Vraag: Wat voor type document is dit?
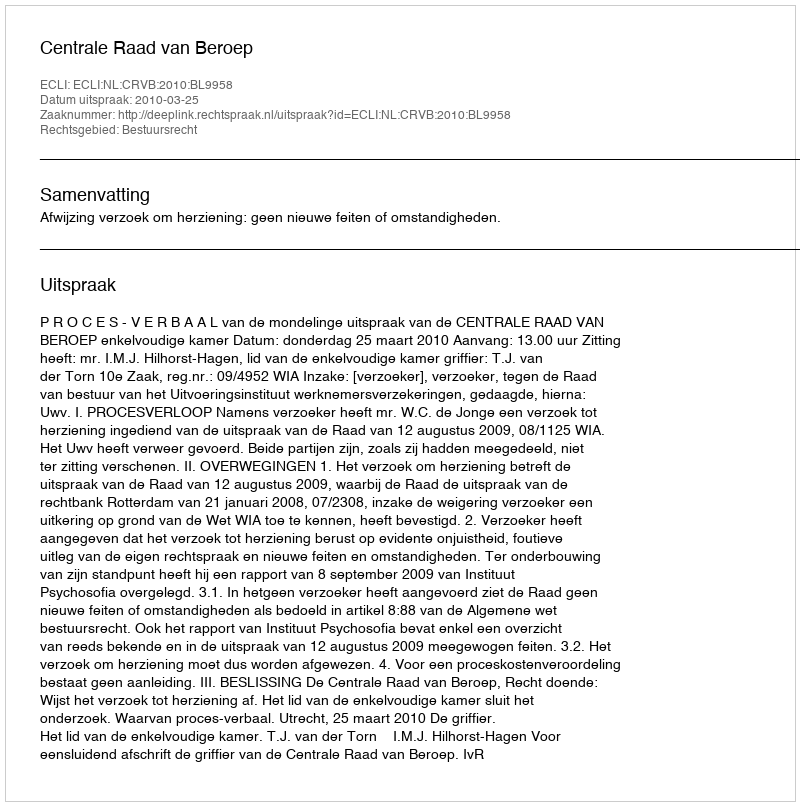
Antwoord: Uitspraak